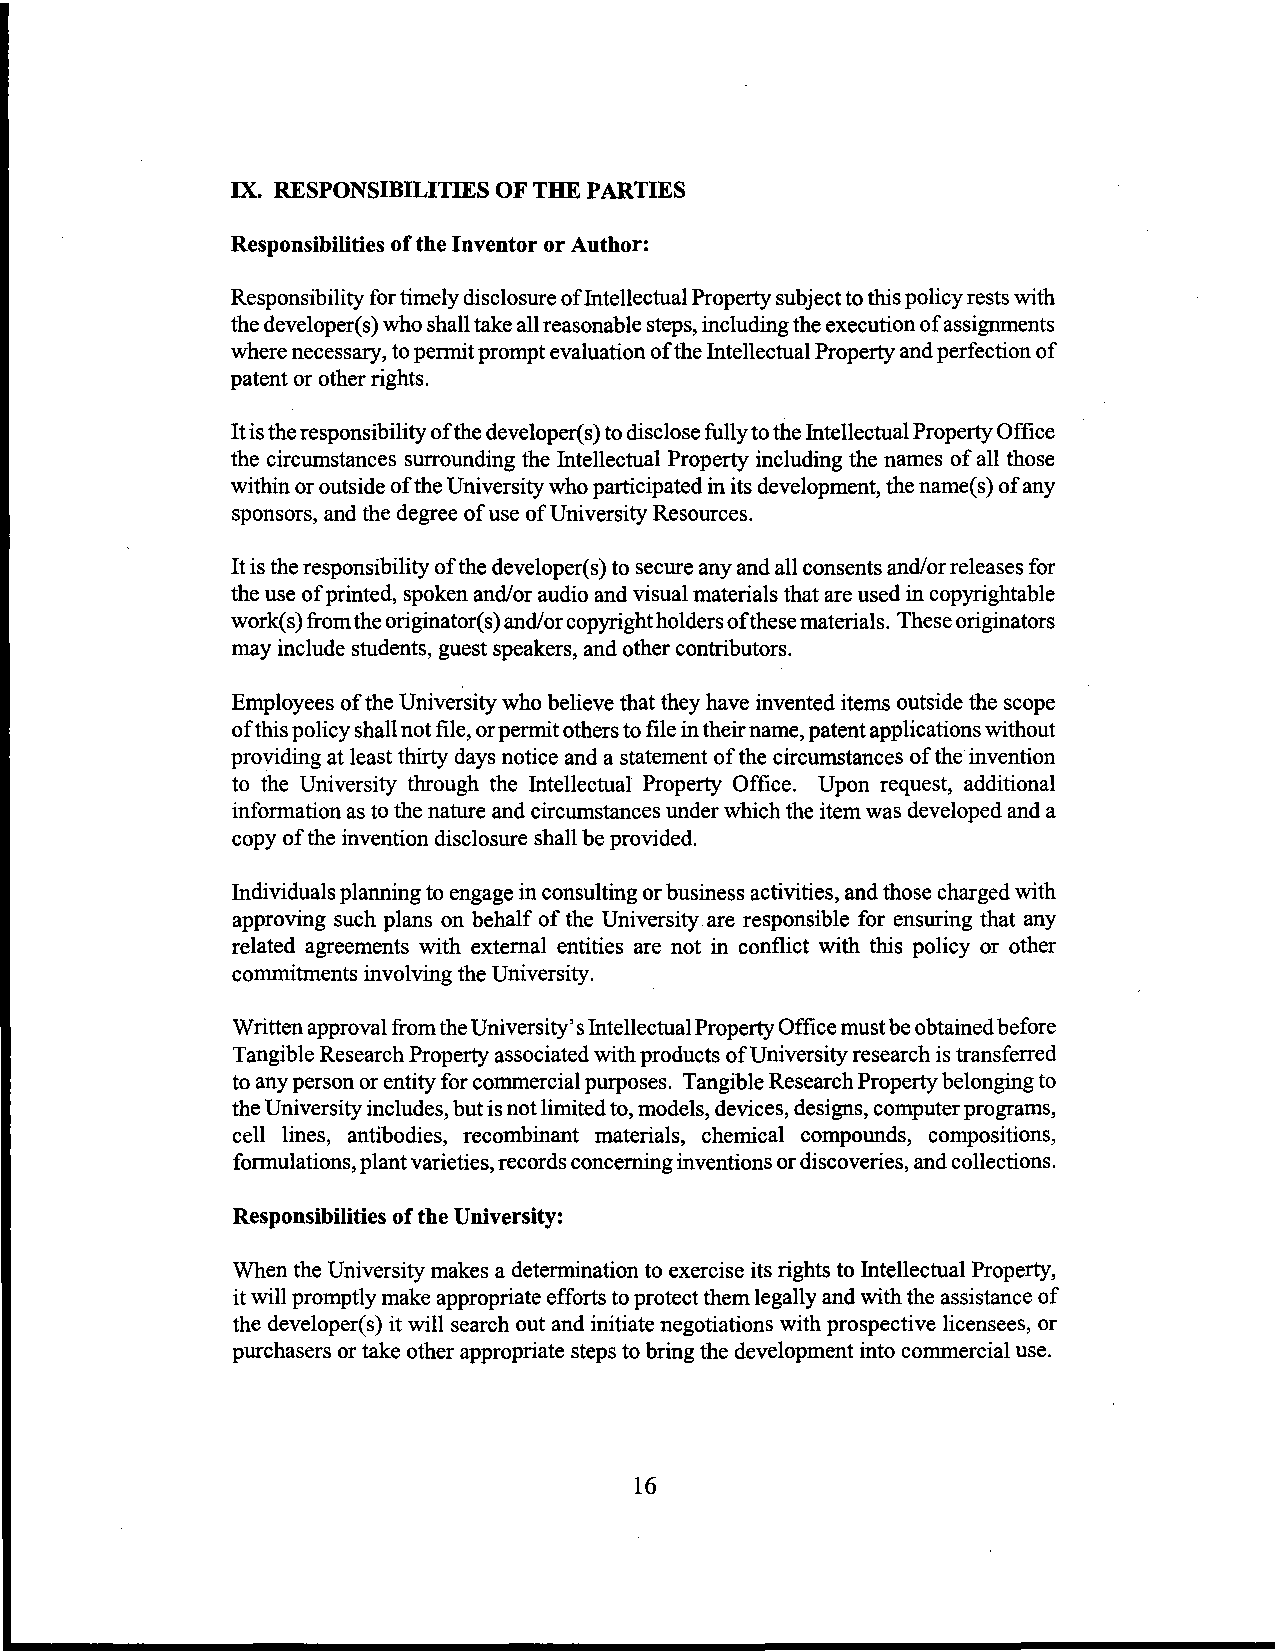
IX. RESPONSIBILITIES OF THE PARTIES
 Responsibilities of the Inventor or Author:
 Responsibility for timely disclosure of Intellectual Property subject to this policy rests with
 the developer( s) who shall take all reasonable steps, including the execution of assignments
 where necessary, to permit prompt evaluation of the Intellectual Property and perfection of
 patent or other rights.
 It is the responsibility of the developer( s) to disclose fully to the Intellectual Property Office
 the circumstances surrounding the Intellectual Property including the names of all those
 within or outside of the University who participated in its development, the name( s) of any
 sponsors, and the degree of use of University Resources.
 It is the responsibility of the developer(s) to secure any and all consents and/orreleases for
 the use of printed, spoken and/or audio and visual materials that are used in copyrightable
 work( s) from the originator( s) and/or copyright holders of these materials. These originators
 may include students, guest speakers, and other contributors.
 Employees of the University who believe that they have invented items outside the scope
 of this policy shall not file, or permit others to file in their name, patent applications without
 providing at least thirty days notice and a statement of the circumstances of the invention
 to the University through the Intellectual Property Office. Upon request, additional
 information as to the nature and circumstances under which the item was developed and a
 copy of the invention disclosure shall be provided.
 Individuals planning to engage in consulting or business activities, and those charged with
 approving such plans on behalf of the University. are responsible for ensuring that any
 related agreements with external entities are not in conflict with this policy or other
 commitments involving the University.
 Written approval from the University's Intellectual Property Office must be obtained before
 Tangible Research Property associated with products of University research is transferred
 to any person or entity for commercial purposes. Tangible Research Property belonging to
 the University includes, but is not limited to, models, devices, designs, computer programs,
 cell lines, antibodies, recombinant materials, chemical compounds, compositions,
 formulations, plant varieties, records concerning inventions or discoveries, and collections.
 Responsibilities of the University:
 When the University makes a determination to exercise its rights to Intellectual Property,
 it will promptly make appropriate efforts to protect them legally and with the assistance of
 the developer(s) it will search out and initiate negotiations with prospective licensees, or
 purchasers or take other appropriate steps to bring the development into commercial use.
 16